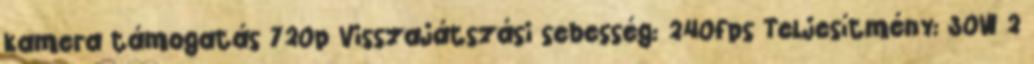
kamera támogatás 720p Visszajátszási sebesség: 240fps Teljesítmény: 30W 2